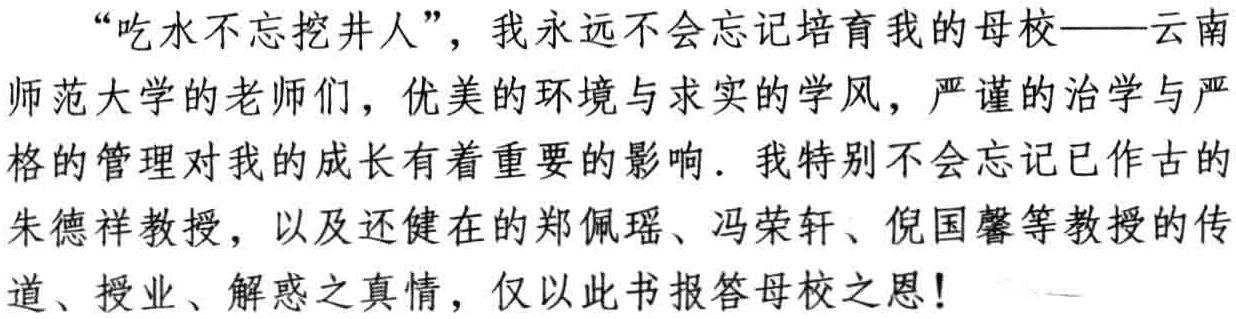
“吃水不忘挖井人”，我永远不会忘记培育我的母校——云南

师范大学的老师们，优美的环境与求实的学风，严谨的治学与严

格的管理对我的成长有着重要的影响. 我特别不会忘记已作古的

朱德祥教授，以及还健在的郑佩瑶、冯荣轩、倪国馨等教授的传

道、授业、解惑之真情，仅以此书报答母校之恩！